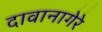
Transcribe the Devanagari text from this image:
दावानागेरे